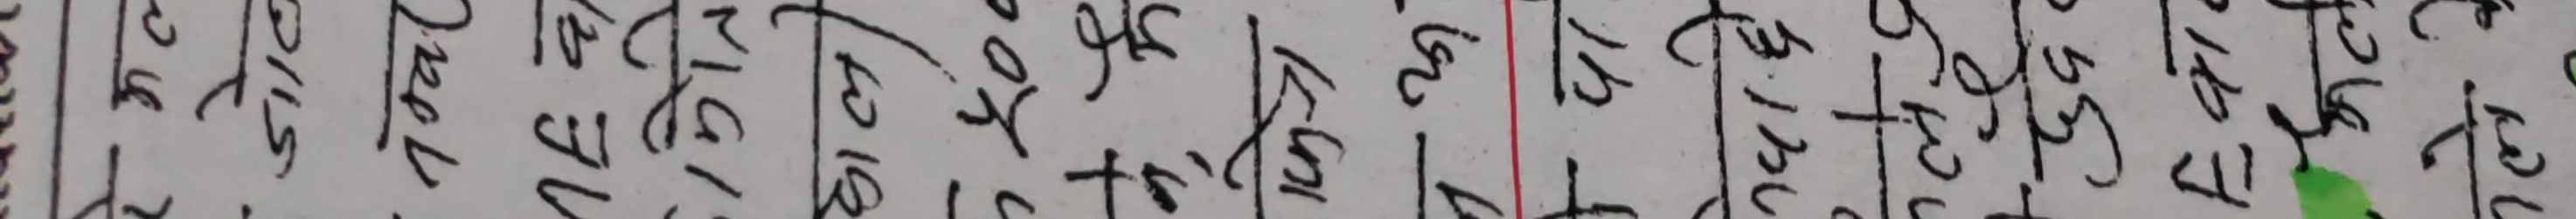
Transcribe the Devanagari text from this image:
तापील पौष १६७२ २५०० ६०० ५०० १०० २७२५